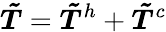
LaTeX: \boldsymbol{\tilde{T}}=\boldsymbol{\tilde{T}}^{h}+\boldsymbol{\tilde{T}}^{c}